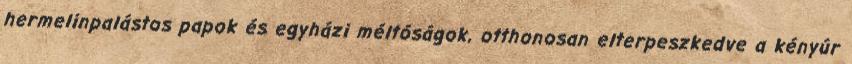
hermelinpalástos papok és egyházi méltóságok, otthonosan elterpeszkedve a kényúr